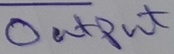
Text: Output